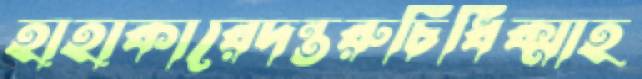
হাহাকারেদন্তরুচিধিক্‌মাহ